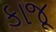
કાજૂ